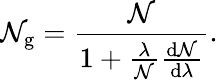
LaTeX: \mathcal{N}_{\mathrm{{g}}}={\frac{{\mathcal{N}}}{{1+{\frac{{\lambda}}{{\mathcal{N}}}}{\frac{{\mathrm{{d}}\mathcal{N}}}{{\mathrm{{d}}\lambda}}}}}}.